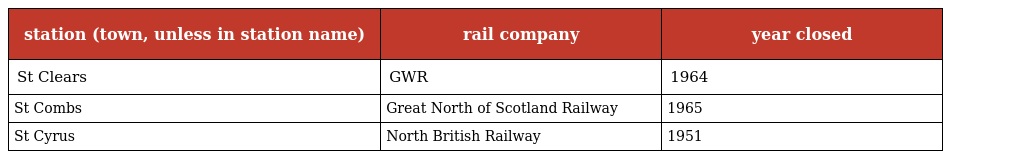
| station (town, unless in station name) | rail company | year closed |
 | --- | --- | --- |
 | St Clears | GWR | 1964 |
 | St Combs | Great North of Scotland Railway | 1965 |
 | St Cyrus | North British Railway | 1951 |